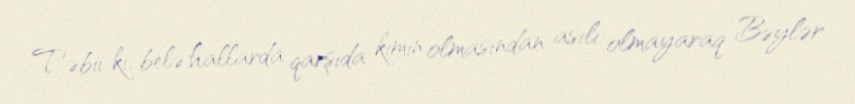
Təbii ki, belə hallarda qarşıda kimin olmasından asılı olmayaraq Bəylər